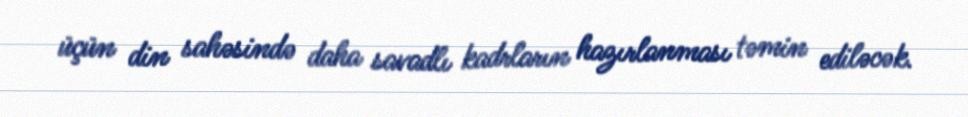
üçün din sahəsində daha savadlı kadrların hazırlanması təmin ediləcək.